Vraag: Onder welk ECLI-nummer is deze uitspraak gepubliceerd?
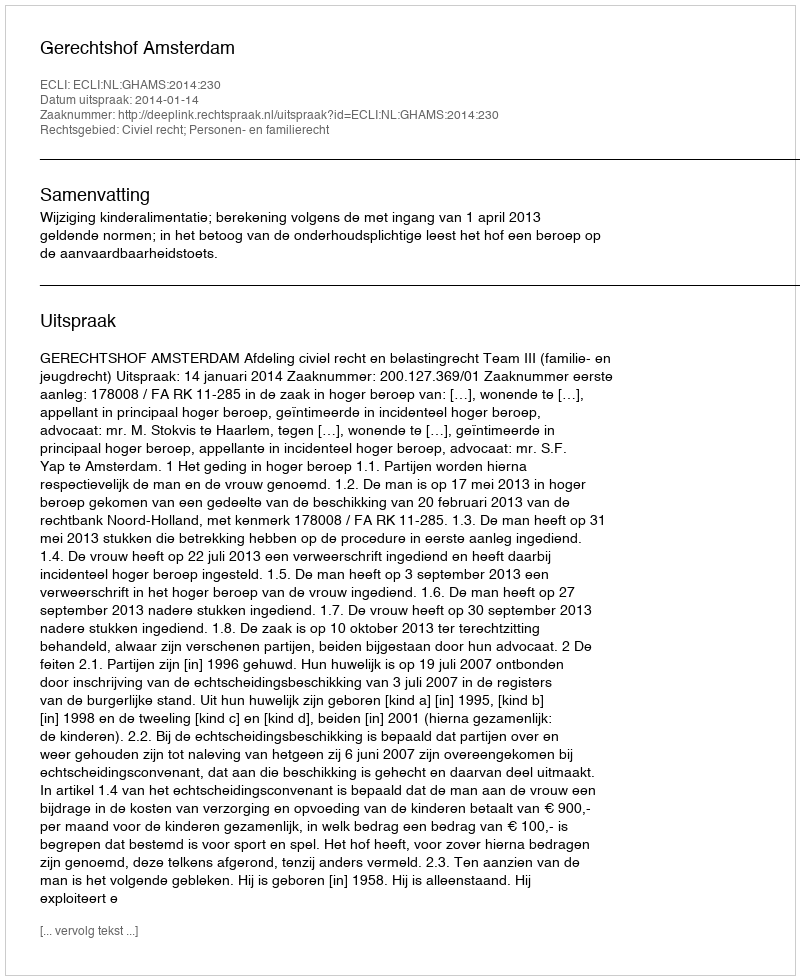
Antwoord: ECLI:NL:GHAMS:2014:230